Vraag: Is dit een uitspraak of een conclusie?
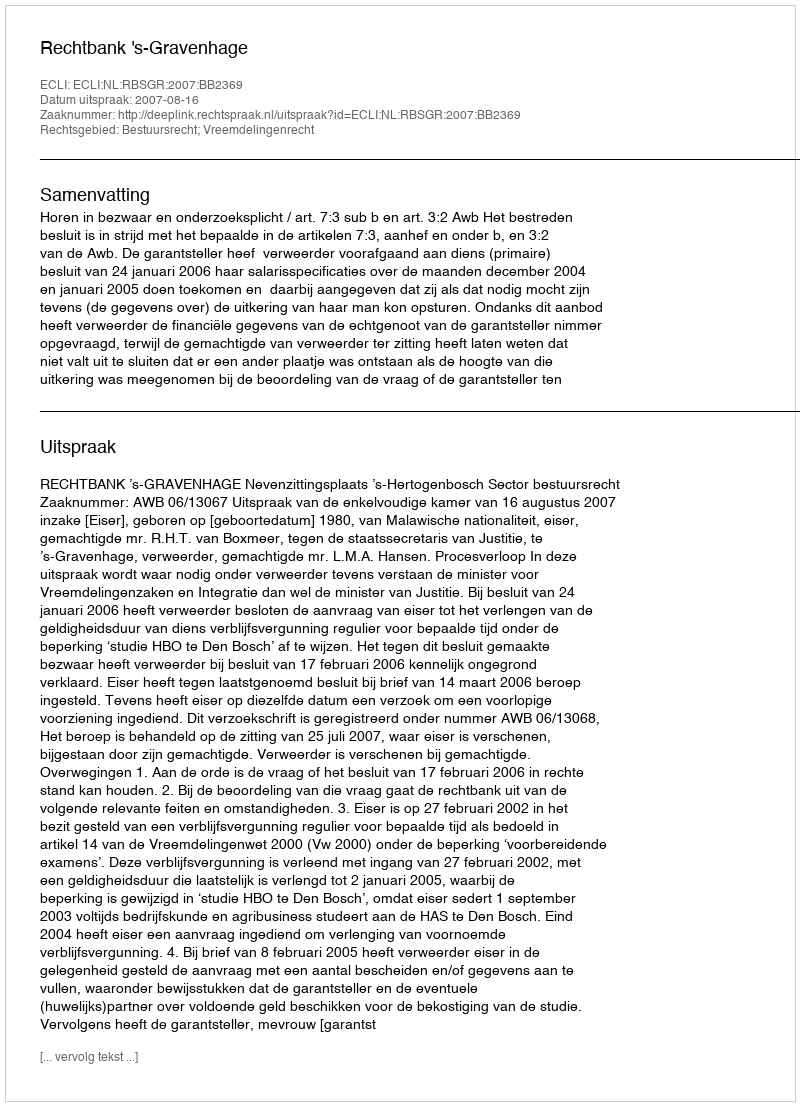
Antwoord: Uitspraak